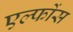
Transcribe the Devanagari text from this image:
एल्फोंस